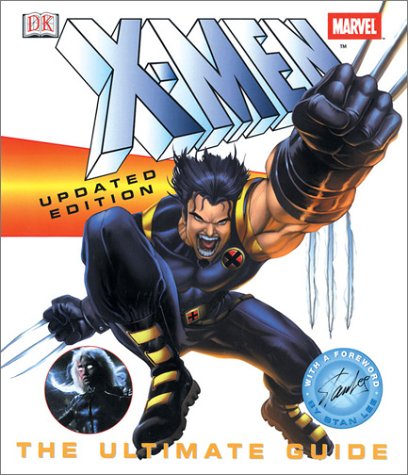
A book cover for X-Men Updated Edition: The Ultimate Guide; Peter Sanderson; Children's Books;